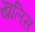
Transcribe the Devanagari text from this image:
ख़लिस